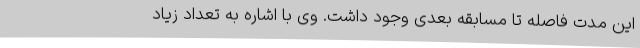
این مدت فاصله تا مسابقه بعدی وجود داشت. وی با اشاره به تعداد زیاد